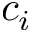
c _ { i }